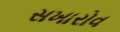
સખારોવ